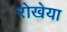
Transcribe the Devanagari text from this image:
रोखेया